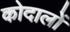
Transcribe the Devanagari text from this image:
कोदालों